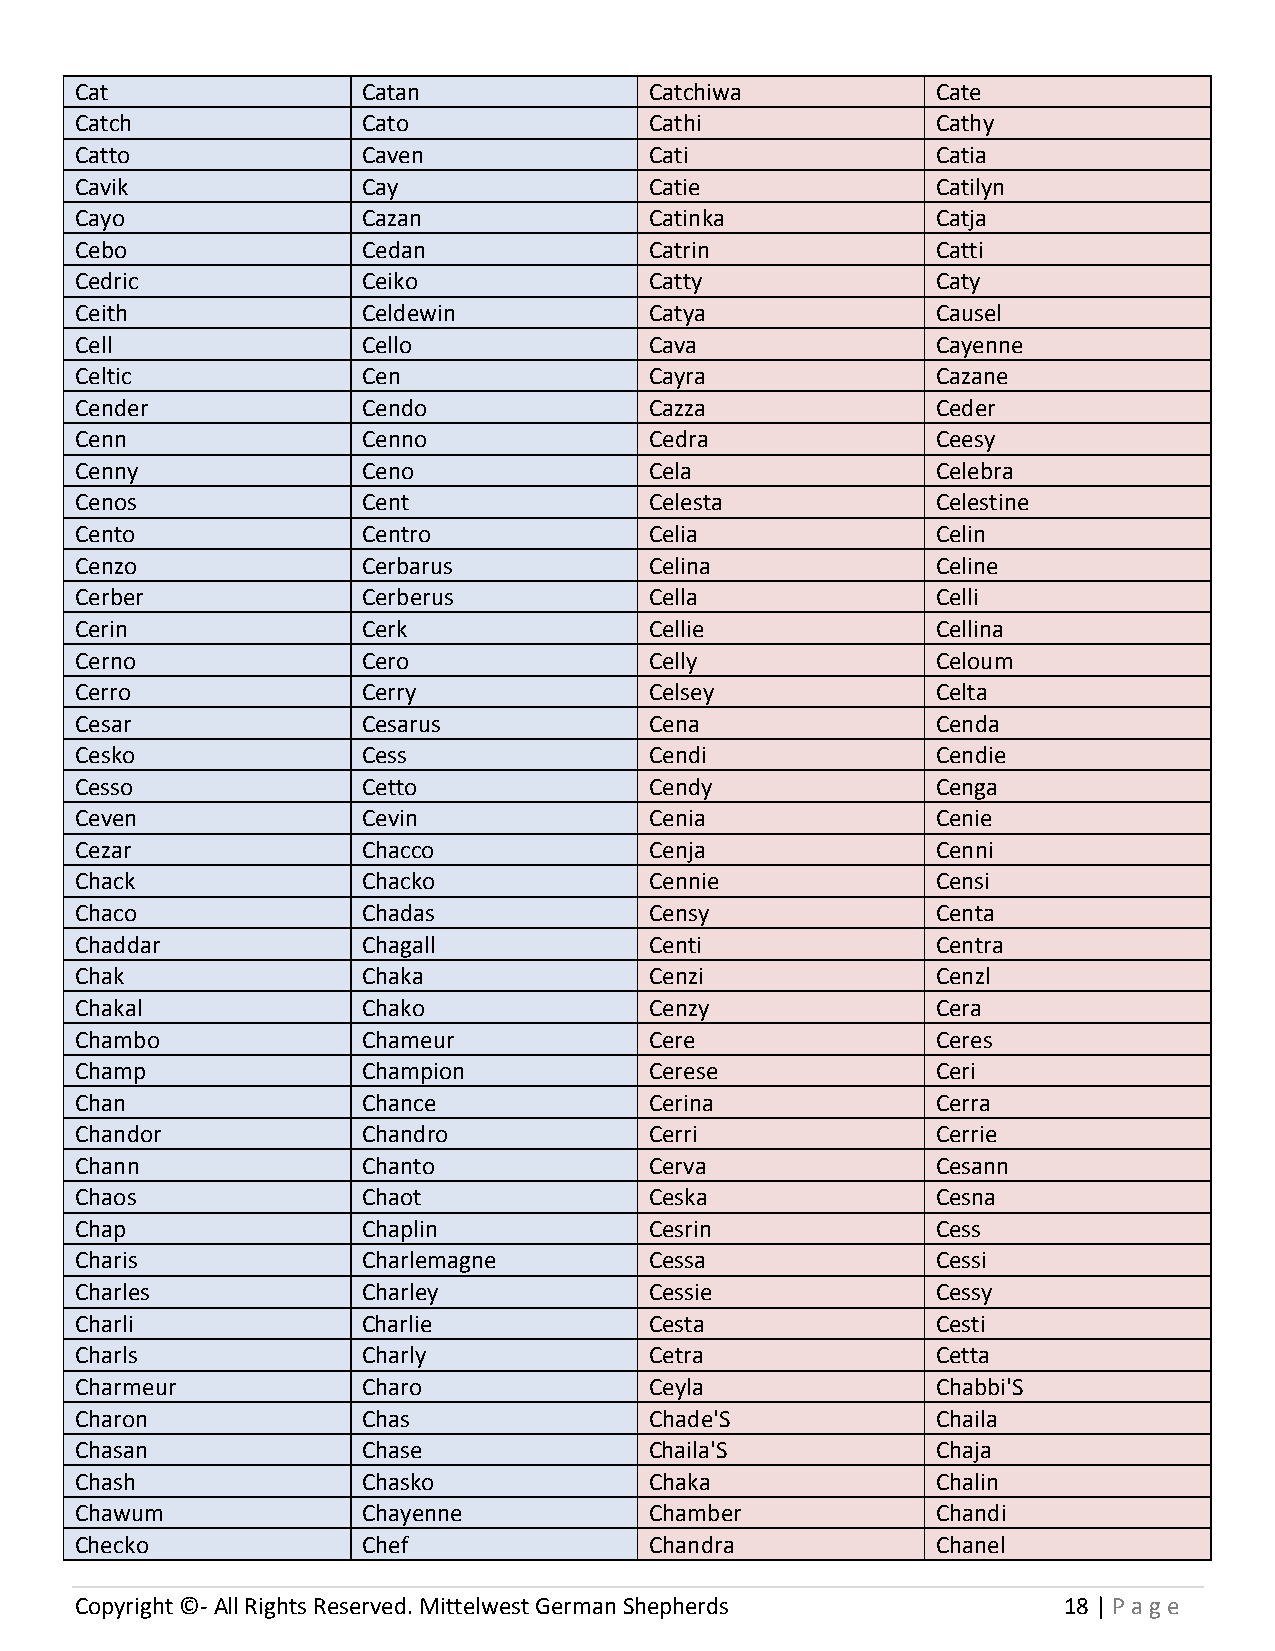
Cat                Catan              Catchiwa           Cate
 Catch              Cato               Cathi              Cathy
 Catto              Caven              Cati               Catia
 Cavik              Cay                Catie              Catilyn
 Cayo               Cazan              Catinka            Catja
 Cebo               Cedan              Catrin             Catti
 Cedric             Ceiko              Catty              Caty
 Ceith              Celdewin           Catya              Causel
 Cell               Cello              Cava               Cayenne
 Celtic             Cen                Cayra              Cazane
 Cender             Cendo              Cazza              Ceder
 Cenn               Cenno              Cedra              Ceesy
 Cenny              Ceno               Cela               Celebra
 Cenos              Cent               Celesta            Celestine
 Cento              Centro             Celia              Celin
 Cenzo              Cerbarus           Celina             Celine
 Cerber             Cerberus           Cella              Celli
 Cerin              Cerk               Cellie             Cellina
 Cerno              Cero               Celly              Celoum
 Cerro              Cerry              Celsey             Celta
 Cesar              Cesarus            Cena               Cenda
 Cesko              Cess               Cendi              Cendie
 Cesso              Cetto              Cendy              Cenga
 Ceven              Cevin              Cenia              Cenie
 Cezar              Chacco             Cenja              Cenni
 Chack              Chacko             Cennie             Censi
 Chaco              Chadas             Censy              Centa
 Chaddar            Chagall            Centi              Centra
 Chak               Chaka              Cenzi              Cenzl
 Chakal             Chako              Cenzy              Cera
 Chambo             Chameur            Cere               Ceres
 Champ              Champion           Cerese             Ceri
 Chan               Chance             Cerina             Cerra
 Chandor            Chandro            Cerri              Cerrie
 Chann              Chanto             Cerva              Cesann
 Chaos              Chaot              Ceska              Cesna
 Chap               Chaplin            Cesrin             Cess
 Charis             Charlemagne        Cessa              Cessi
 Charles            Charley            Cessie             Cessy
 Charli             Charlie            Cesta              Cesti
 Charls             Charly             Cetra              Cetta
 Charmeur           Charo              Ceyla              Chabbi'S
 Charon             Chas               Chade'S            Chaila
 Chasan             Chase              Chaila'S           Chaja
 Chash              Chasko             Chaka              Chalin
 Chawum             Chayenne           Chamber            Chandi
 Checko             Chef               Chandra            Chanel
 Copyright ©- All Rights Reserved. Mittelwest German Shepherds    18 | P age